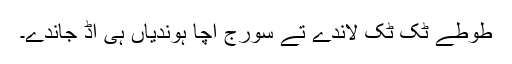
طوطے ٹُک ٹُک لاندے تے سورج اُچا ہوندیاں ہی اُڈ جاندے۔